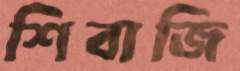
শিবাজি